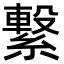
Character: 繋